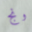
ونج